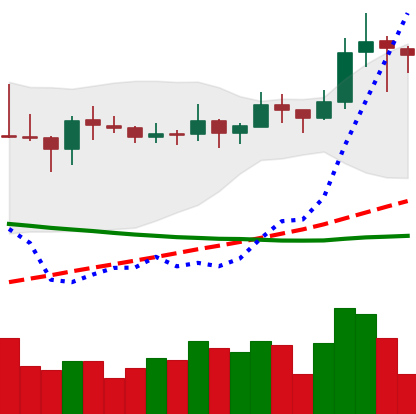
Ticker: LINK-USD
Chart end date: 2019-11-16
Forward return: -15.303%
Label: down_7plus